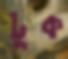
টুক